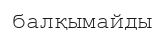
балқымайды